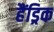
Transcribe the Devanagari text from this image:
हैंड्रिक